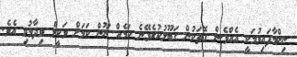
ނިންމާފައިވުމަކީ އެއްވެސް ގޮތަކުން ގަބޫލުކުރެވޭނެ ކަމެއް ނޫން ކަމަށް ވަކީލް ވިދާޅުވި އެވެ.